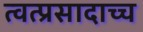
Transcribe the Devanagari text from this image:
त्वत्प्रसादाच्च